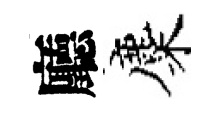
廳麋